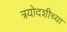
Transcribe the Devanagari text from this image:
त्रयोदशीच्या